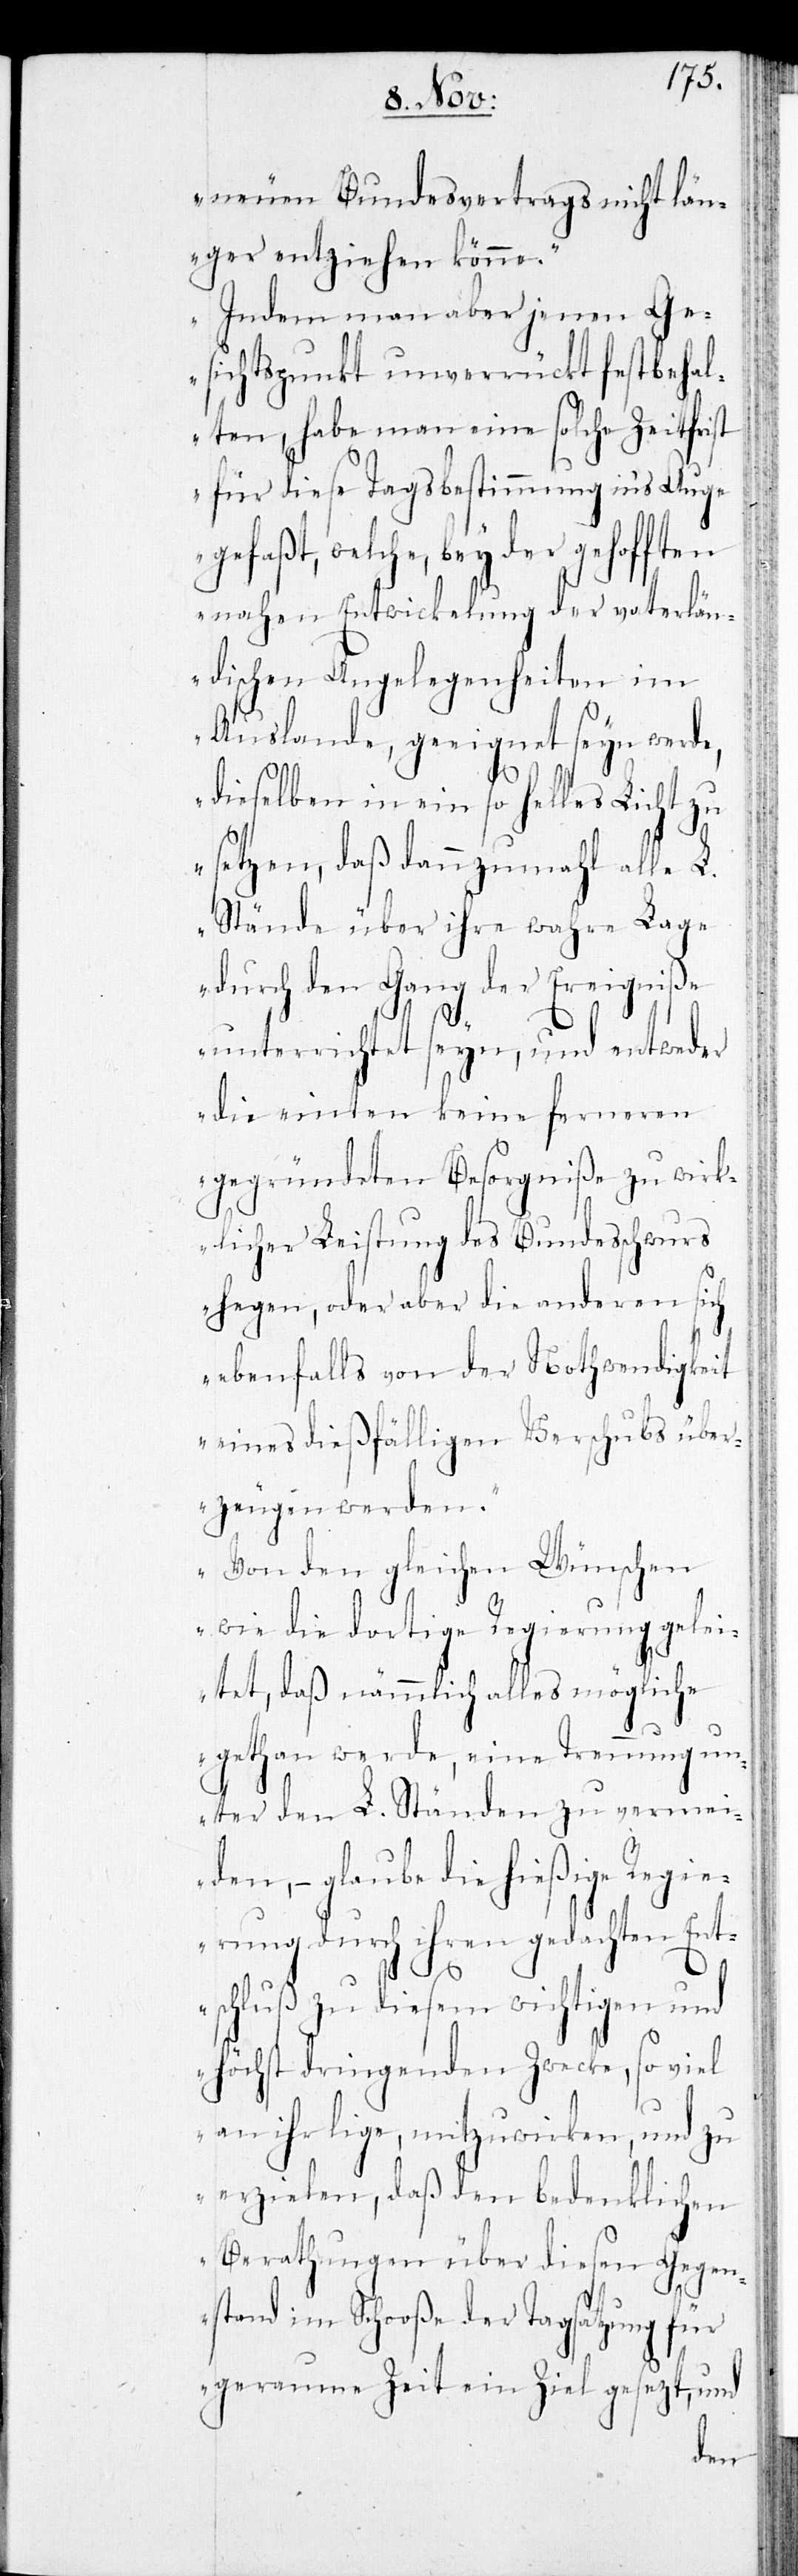
neuen Bundesvertrags nicht län¬
ger entziehen könne.
Indem man aber jenen Ge¬
sichtspunkt unverrückt festbehal¬
te, habe man eine solche Zeitfrist
für diese Tagsbestimmung in’s Auge
gefaßt, welche, bey der gehofften
nahen Entwicklung der vaterlän¬
dischen Angelegenheiten im
Auslande, geeignet seyn werde,
dieselben in ein so helles Licht zu
setzen, daß dannzumahl alle L.
Stände über ihre wahre Lage
durch den Gang der Ereigniße
unterrichtet seyn, und entweder
die einten keine ferneren
gegründeten Besorgniße zu wirk¬
licher Leistung des Bundesschwurs
hegen, oder aber die anderen sich
ebenfalls von der Nothwendigkeit
eines dießfälligen Verschubs über¬
zeugen werden.
Von den gleichen Wünschen
wie die dortige Regierung gelei¬
tet, daß nämmlich alles mögliche
gethan werde, eine Trennung un¬
ter den L. Ständen zu vermei¬
den, – glaube die hießige Regie¬
rung durch ihren gedachten Ent¬
schluß zu diesen wichtigen und
höchst dringenden Zwecke, so viel
an ihr lige, mitzuwirken, und zu
erzielen, daß den bedenklichen
Berathungen über diesen Gegen¬
stand im Schooße der Tagsatzung für
geraume Zeit ein Ziel gesezt, und